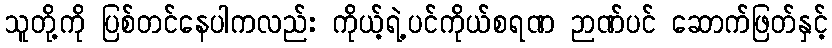
သူတို့ကို ပြစ်တင်နေပါကလည်း ကိုယ့်ရဲ့ပင်ကိုယ်စရဏ ဉာဏ်ပင် ဆောက်ဖြတ်နှင့်